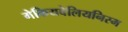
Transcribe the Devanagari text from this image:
मेकियवेलियनिस्म